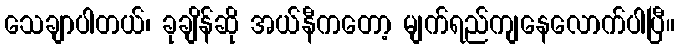
သေချာပါတယ်၊ ခုချိန်ဆို အယ်နီကတော့ မျက်ရည်ကျနေလောက်ပါပြီ။